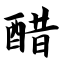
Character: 醋